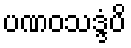
ပဏဝသဒ္ဒံပိ